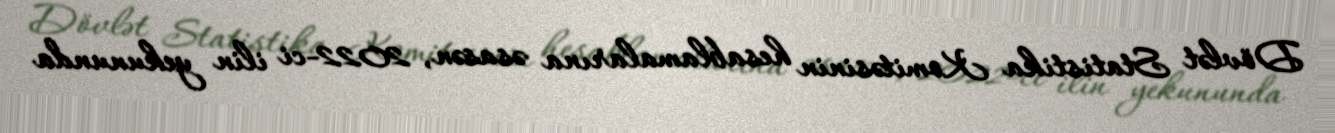
Dövlət Statistika Komitəsinin hesablamalarına əsasən, 2022-ci ilin yekununda